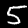
Label: 5